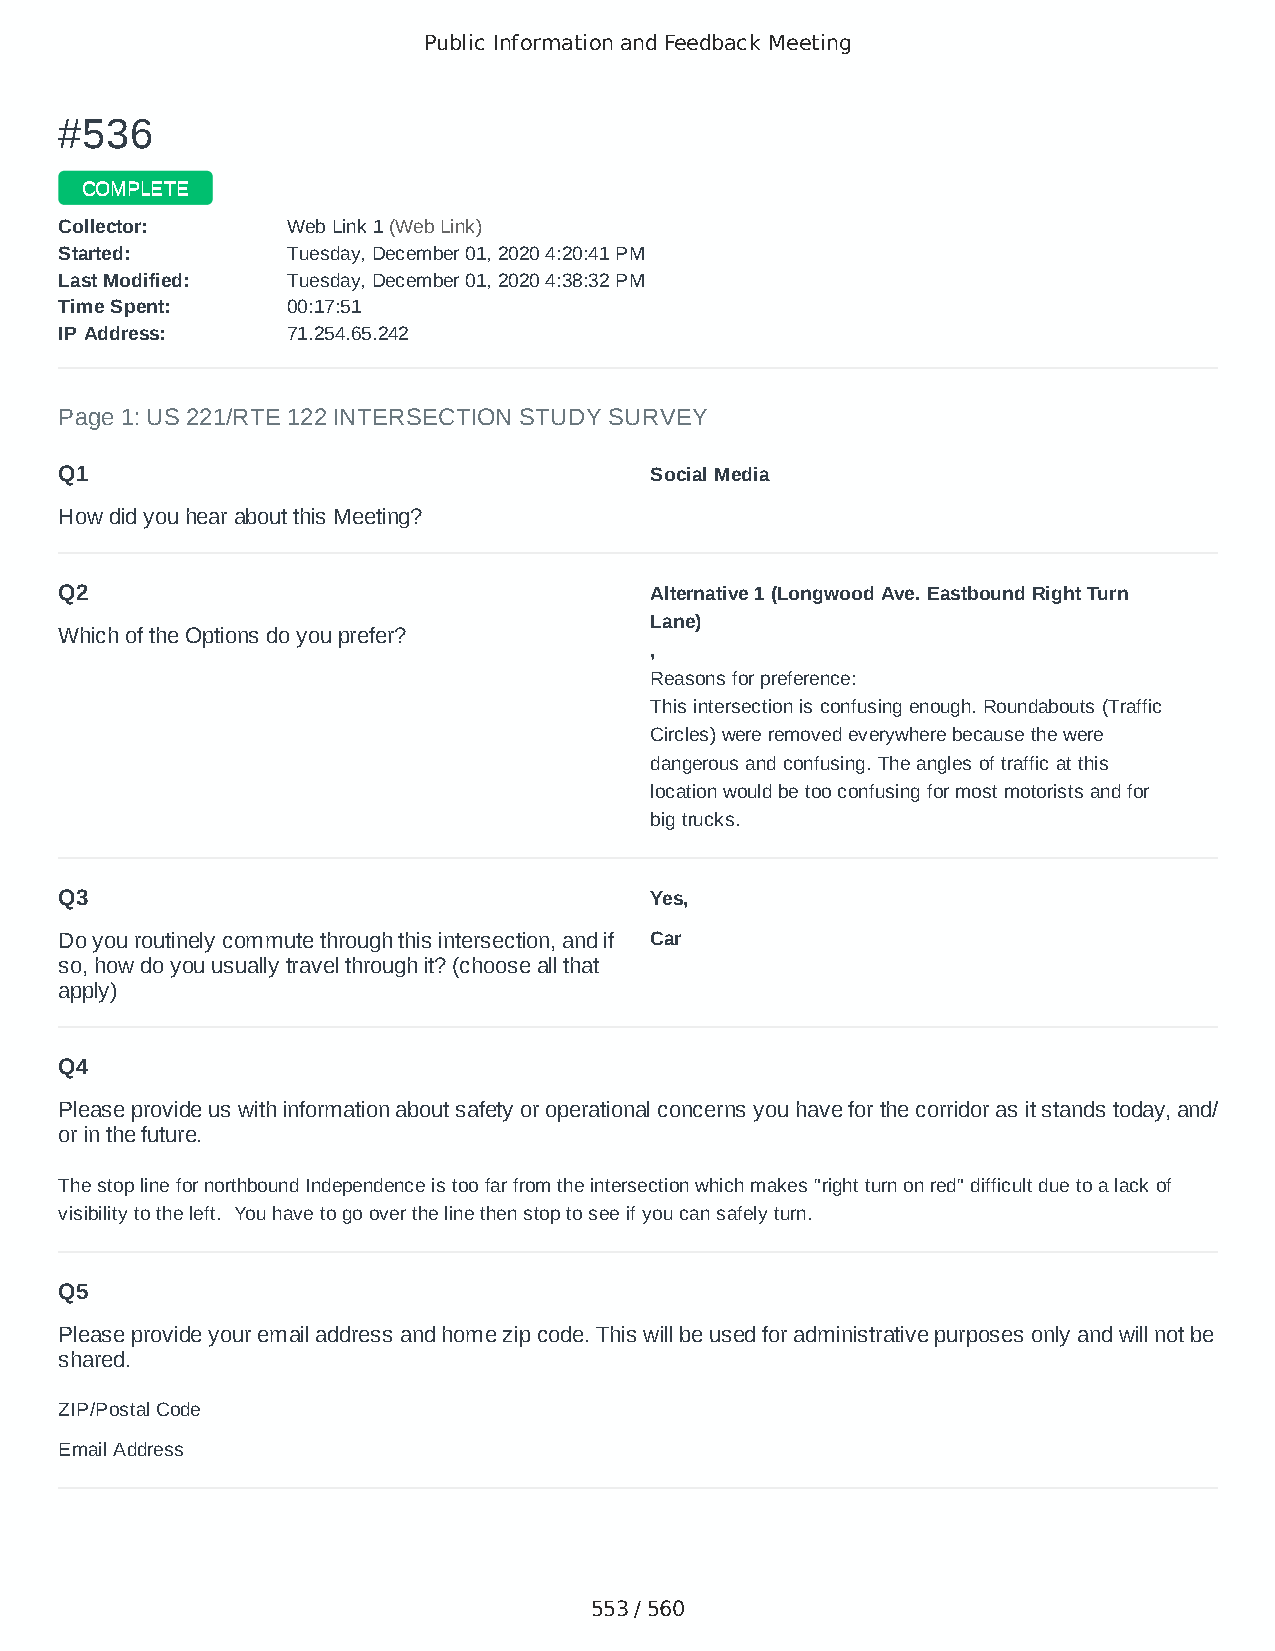
Public Information and Feedback Meeting
 ##553366
 CCOOMMPPLLEETTEE
 CCoolllleeccttoorr:: WWeebb LLiinnkk 11 ((WWeebb LLiinnkk))
 SSttaarrtteedd:: TTuueessddaayy,, DDeecceemmbbeerr 0011,, 22002200 44::2200::4411 PPMM
 LLaasstt MMooddiiffiieedd:: TTuueessddaayy,, DDeecceemmbbeerr 0011,, 22002200 44::3388::3322 PPMM
 TTiimmee SSppeenntt:: 0000::1177::5511
 IIPP AAddddrreessss:: 7711..225544..6655..224422
 Page 1: US 221/RTE 122 INTERSECTION STUDY SURVEY
 Q1                                     Social Media
 How did you hear about this Meeting?
 Q2                                     Alternative 1 (Longwood Ave. Eastbound Right Turn
 Lane)
 Which of the Options do you prefer?
 ,
 Reasons for preference:
 This intersection is confusing enough. Roundabouts (Traffic
 Circles) were removed everywhere because the were
 dangerous and confusing. The angles of traffic at this
 location would be too confusing for most motorists and for
 big trucks.
 Q3                                     Yes,
 Do you routinely commute through this intersection, and if Car
 so, how do you usually travel through it? (choose all that
 apply)
 Q4
 Please provide us with information about safety or operational concerns you have for the corridor as it stands today, and/
 or in the future.
 The stop line for northbound Independence is too far from the intersection which makes "right turn on red" difficult due to a lack of
 visibility to the left. You have to go over the line then stop to see if you can safely turn.
 Q5
 Please provide your email address and home zip code. This will be used for administrative purposes only and will not be
 shared.
 ZIP/Postal Code                        24523
 Email Address                          skywilder@verizon.net
 553 / 560